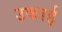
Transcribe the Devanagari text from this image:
उकाई